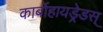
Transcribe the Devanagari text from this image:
कार्बोहायड्रेडस्